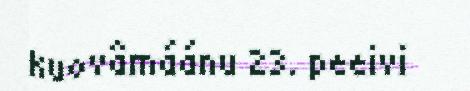
kuovâmáánu 23. peeivi